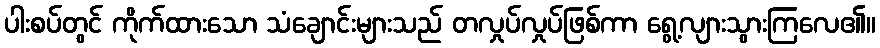
ပါးစပ်တွင် ကိုက်ထားသော သံချောင်းများသည် တလှုပ်လှုပ်ဖြစ်ကာ ရွေ့လျားသွားကြလေ၏။